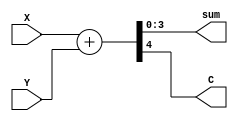
// 4bit adder
module add_4bit(
	input wire [3:0] X,
	input wire [3:0] Y,
	output wire [3:0] sum,
	output wire C
);
	
	assign {C, sum} = X + Y;
endmodule


// 16bit adder
module add_16bit(
	input wire [15:0] X,
	input wire [15:0] Y,
	output wire [15:0] sum,
	output wire C
);

assign {C, sum} = X + Y;
endmodule